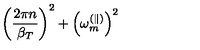
\left( \frac { 2 \pi n } { \beta _ { T } } \right) ^ { 2 } + \left( \omega _ { m } ^ { ( \parallel ) } \right) ^ { 2 }